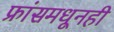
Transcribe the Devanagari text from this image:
फ्रांसमधूनही